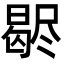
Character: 𣍊